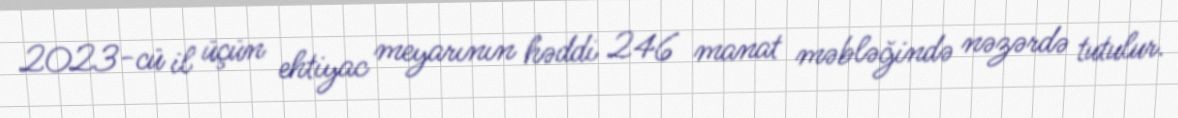
2023-cü il üçün ehtiyac meyarının həddi 246 manat məbləğində nəzərdə tutulur.